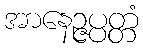
အာနေဉ္ဇပ္ပတ္တံ